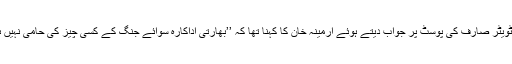
ایک ٹویٹر صارف کی پوسٹ پر جواب دیتے ہوئے ارمینہ خان کا کہنا تھا کہ ’’بھارتی اداکارہ سوائے جنگ کے کسی چیز کی حامی نہیں ہیں‘‘۔